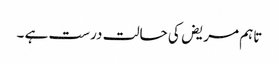
تاہم مریض کی حالت درست ہے ۔